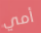
أمي